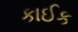
કાઈક